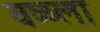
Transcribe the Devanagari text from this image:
वळ्ला